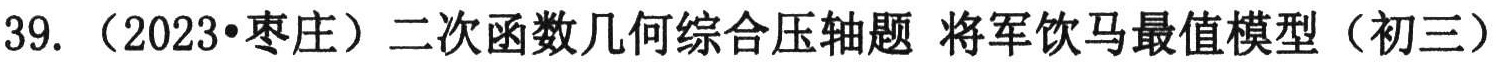
39. （2023•枣庄）二次函数几何综合压轴题 将军饮马最值模型（初三）